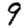
Digit: 9